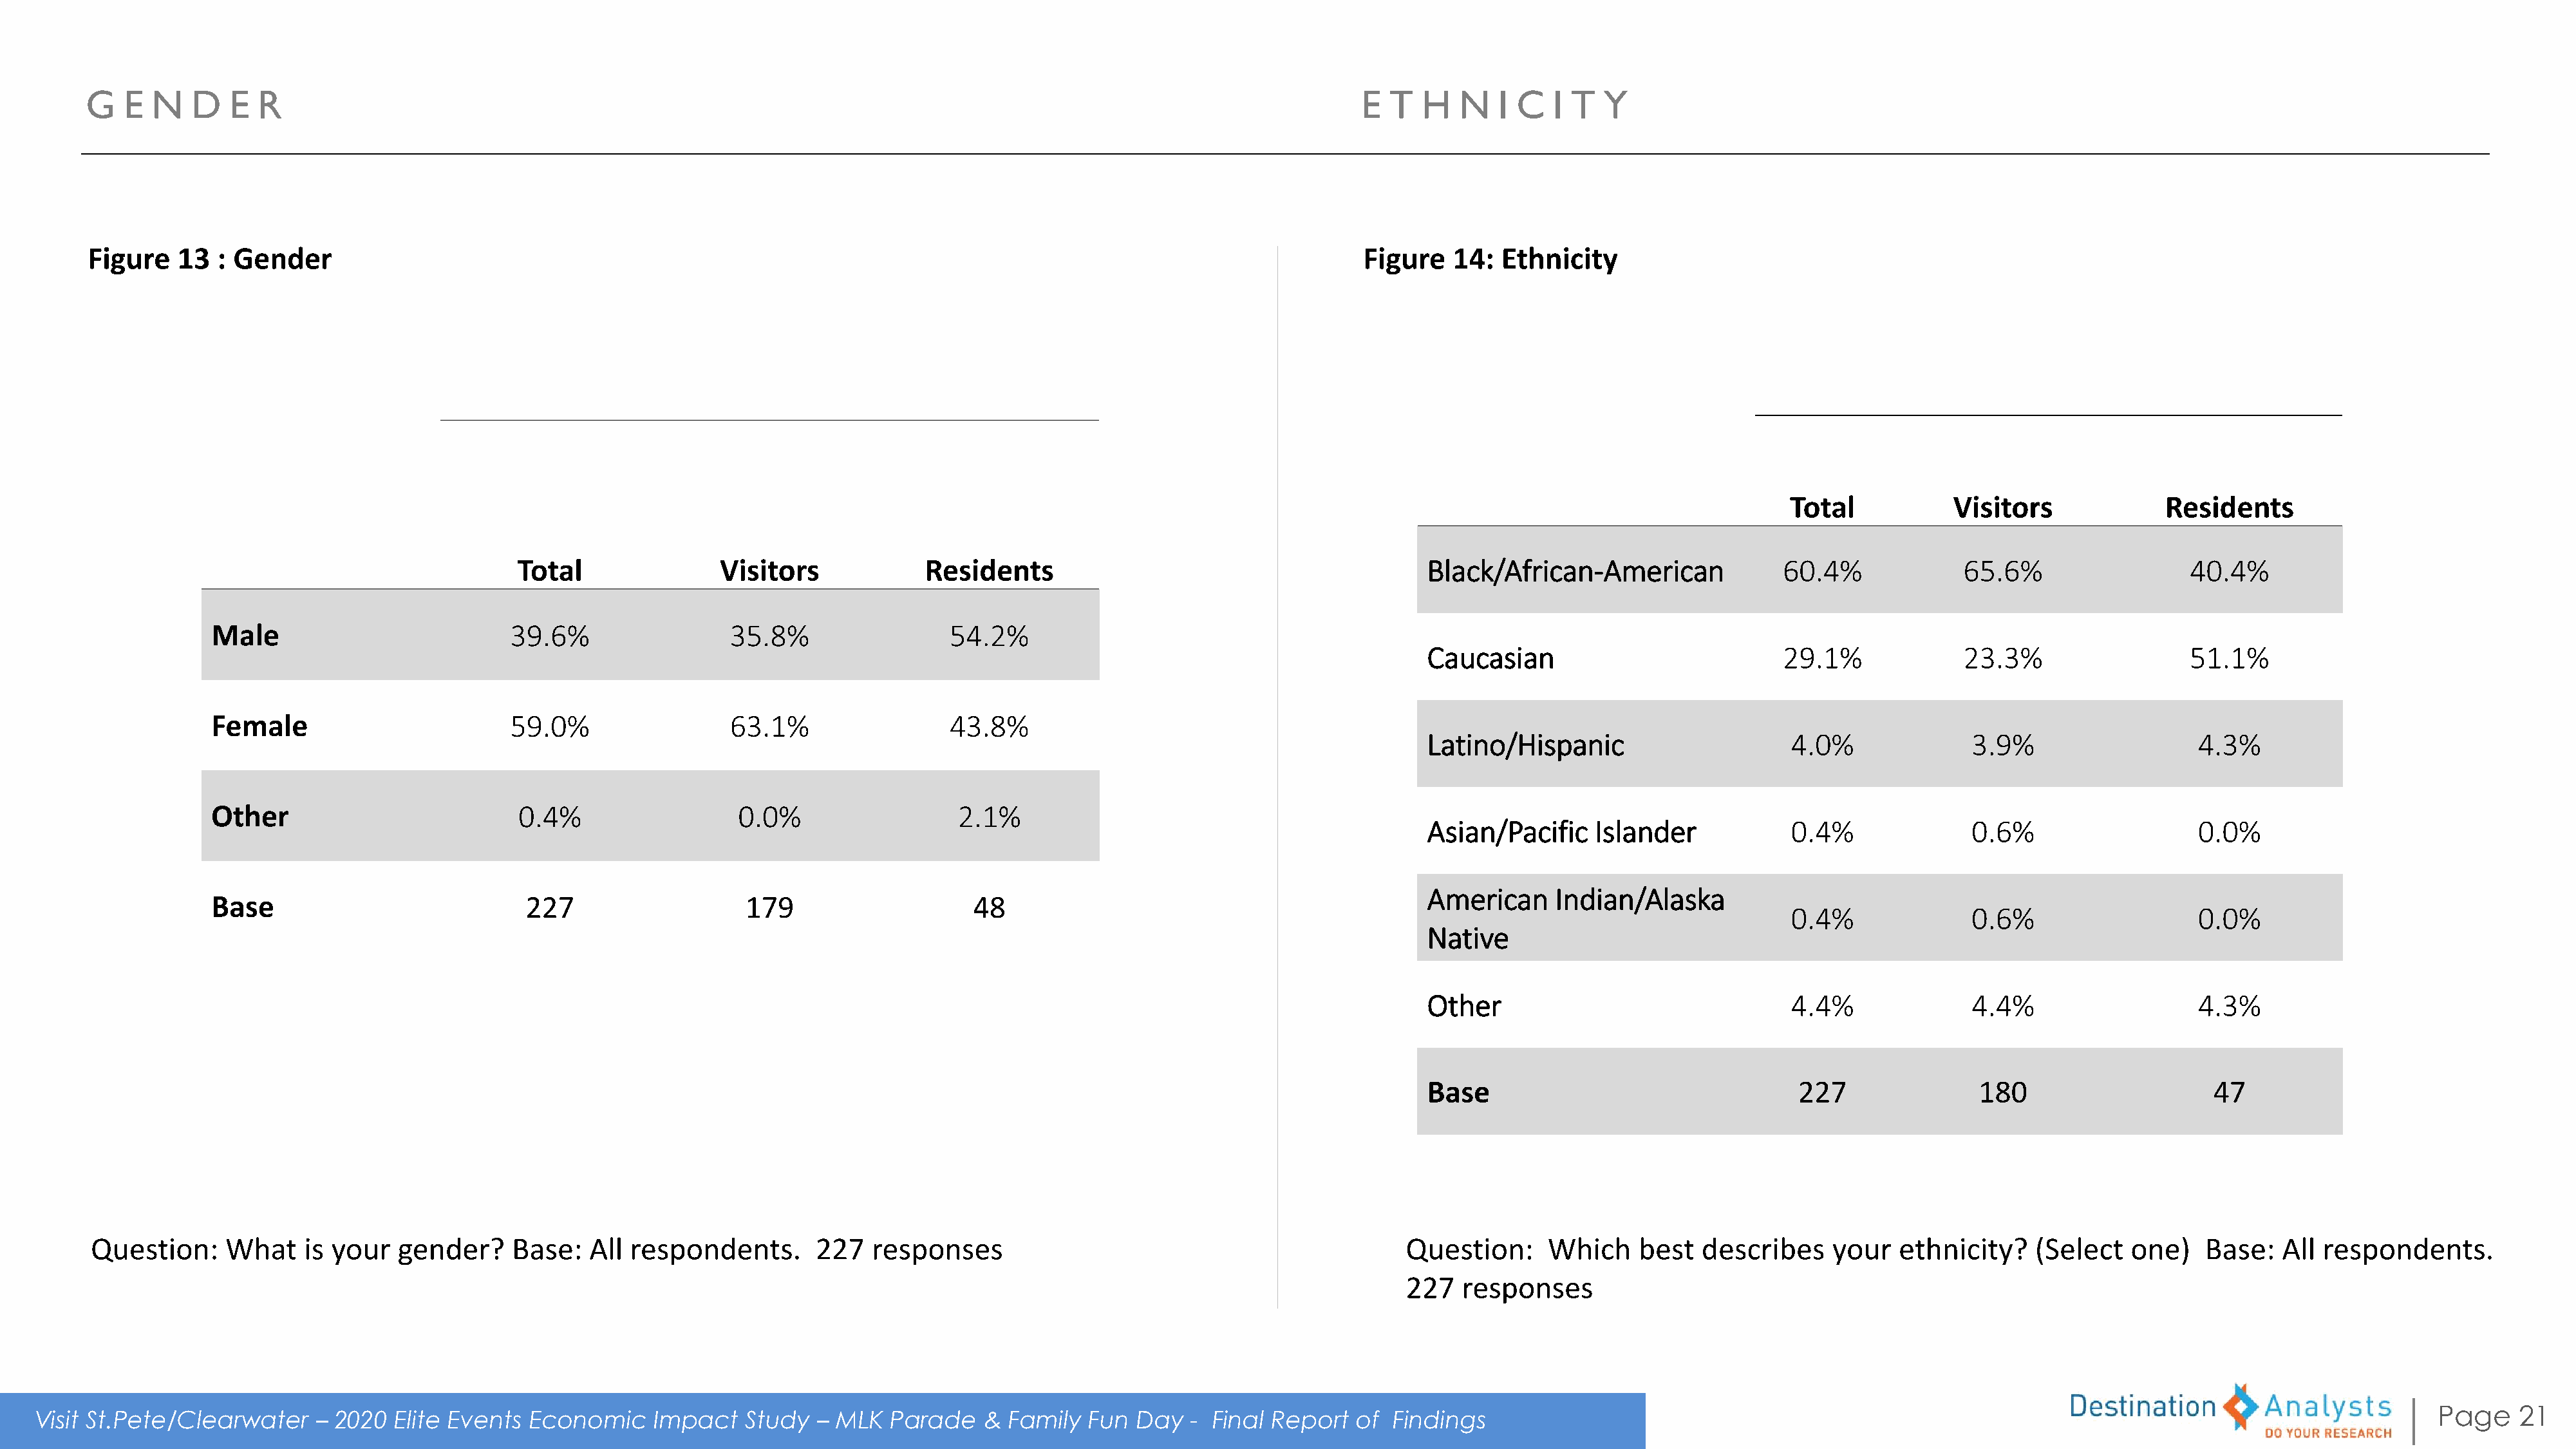
G   E  N   D   E R                                                                                                                 E  T  H   N   I C   I T  Y
 Figure   13  : Gender                                                                                                              Figure   14:  Ethnicity
 Total            Visitors              Residents
 Total                Visitors             Residents                                           Black/African-American              60.4%              65.6%                  40.4%
 Male                          39.6%                  35.8%                  54.2%
 Caucasian                           29.1%              23.3%                  51.1%
 Female                        59.0%                  63.1%                  43.8%
 Latino/Hispanic                      4.0%               3.9%                   4.3%
 Other                          0.4%                   0.0%                  2.1%
 Asian/Pacific    Islander            0.4%               0.6%                   0.0%
 American     Indian/Alaska
 Base                            227                    179                    48
 0.4%               0.6%                   0.0%
 Native
 Other                                4.4%               4.4%                   4.3%
 Base                                  227               180                      47
 Question:     What    is your   gender?     Base:   All respondents.       227   responses                                              Question:     Which    best   describes    your   ethnicity?    (Select   one)    Base:   All respondents.
 227  responses
 Page    21
 Visit St.Pete/Clearwater    – 2020   Elite Events Economic     Impact    Study  – MLK   Parade   &  Family  Fun  Day  -  Final Report  of  Findings